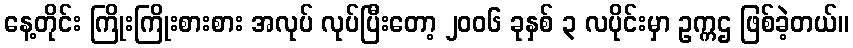
နေ့တိုင်း ကြိုးကြိုးစားစား အလုပ် လုပ်ပြီးတော့ ၂၀၀၆ ခုနှစ် ၃ လပိုင်းမှာ ဥက္ကဌ ဖြစ်ခဲ့တယ်။